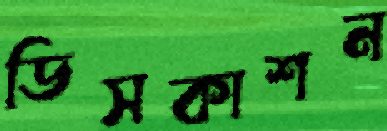
ডিসকাশন